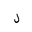
Letter: _lam